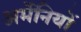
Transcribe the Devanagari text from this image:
अर्मेनियों